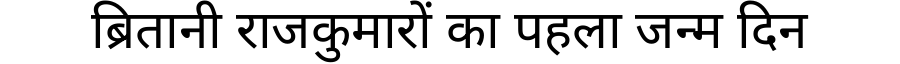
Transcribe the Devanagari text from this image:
ब्रितानी राजकुमारों का पहला जन्म दिन